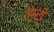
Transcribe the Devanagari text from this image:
शेप्टी